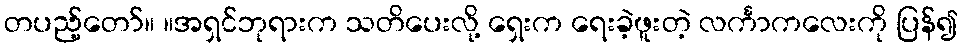
တပည့်တော်။ ။အရှင်ဘုရားက သတိပေးလို့ ရှေးက ရေးခဲ့ဖူးတဲ့ လင်္ကာကလေးကို ပြန်၍